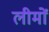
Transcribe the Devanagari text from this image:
लीमों